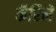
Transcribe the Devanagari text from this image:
कॅरिने